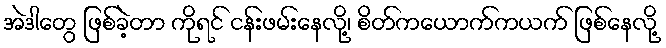
အဲဒါတွေ ဖြစ်ခဲ့တာ ကိုရင် ငန်းဖမ်းနေလို့၊ စိတ်ကယောက်ကယက် ဖြစ်နေလို့